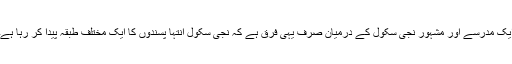
ایک مدرسے اور مشہور نجی سکول کے درمیان صرف یہی فرق ہے کہ نجی سکول انتہا پسندوں کا ایک مختلف طبقہ پیدا کر رہا ہے۔